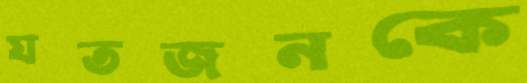
যতজনকে